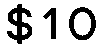
$10